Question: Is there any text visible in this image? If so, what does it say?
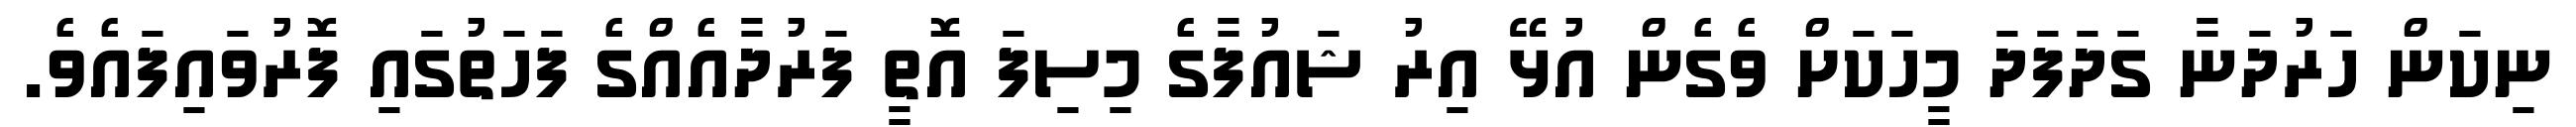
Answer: ނިކަން ހަރުދަނާ ގަދަފަދަ މީހަކަށް ވެގެން އުޅޭ އިރު ޝައުފާގެ މިސިފަ އޮތީ ފަރުދާއެއްގެ ފަހަތުގައި ފޮރުވައިފައެވެ.